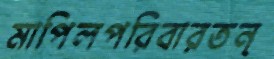
মাপিলপরিবারতন্